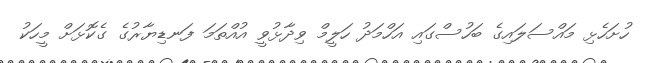
ހުށަހެޅި މައްސަލައިގެ ބަހުސްގައި އަހްމަދު ހަލީމް ވިދާޅުވީ އުއްތަމަ ފަނޑިޔާރުގެ ގެކޮޅަށް މީހަކު